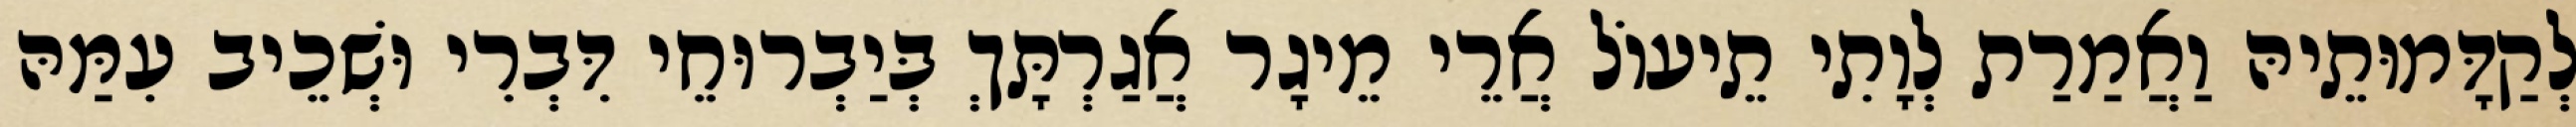
לְקַדָּמוּתֵיהּ וַאֲמַרַת לְוָתִי תֵיעוֹל אֲרֵי מֵיגָר אֲגַרְתָּךְ בְּיַבְרוּחֵי דִּבְרִי וּשְׁכֵיב עִמַּהּ